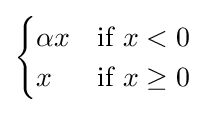
{\begin{cases}\alpha x&{\text{if }}x<0\\x&{\text{if }}x\geq 0\end{cases}}